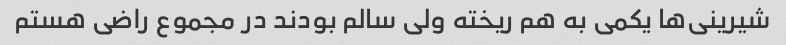
شیرینی‌ها یکمی به هم ریخته ولی سالم بودند در مجموع راضی هستم